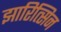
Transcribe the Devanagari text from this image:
झारित्सिन